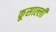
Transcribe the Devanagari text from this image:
कूसाल्ली